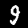
Digit: 9